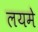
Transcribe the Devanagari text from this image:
लयमे